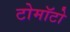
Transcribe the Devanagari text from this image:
टोमॉटो